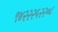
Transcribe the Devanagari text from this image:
९४२२२५२२०८